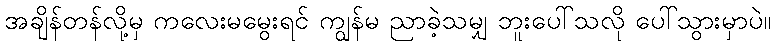
အချိန်တန်လို့မှ ကလေးမမွေးရင် ကျွန်မ ညာခဲ့သမျှ ဘူးပေါ်သလို ပေါ်သွားမှာပဲ။